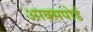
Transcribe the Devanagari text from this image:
आक्सपोर्ड